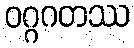
ဝဂ္ဂဂတဿ